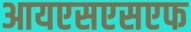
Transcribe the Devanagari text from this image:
आयएसएसएफ